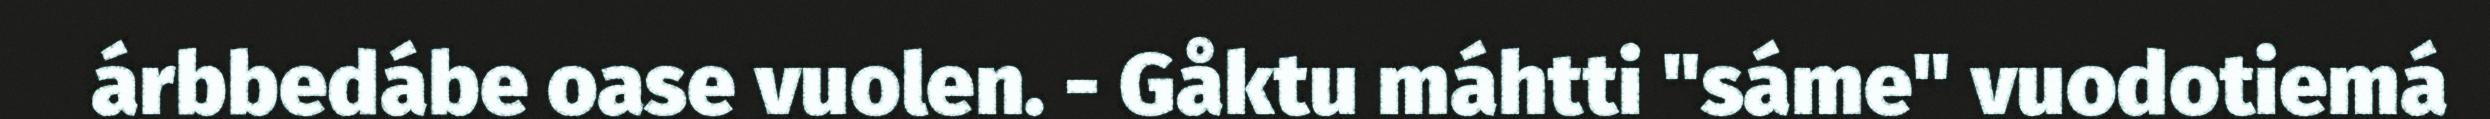
árbbedábe oase vuolen. - Gåktu máhtti "sáme" vuodotiemá